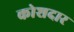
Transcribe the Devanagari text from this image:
कोशदार